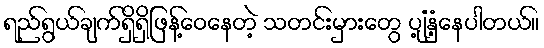
ရည်ရွယ်ချက်ရှိရှိဖြန့်ဝေနေတဲ့ သတင်းမှားတွေ ပျံ့နှံ့နေပါတယ်။